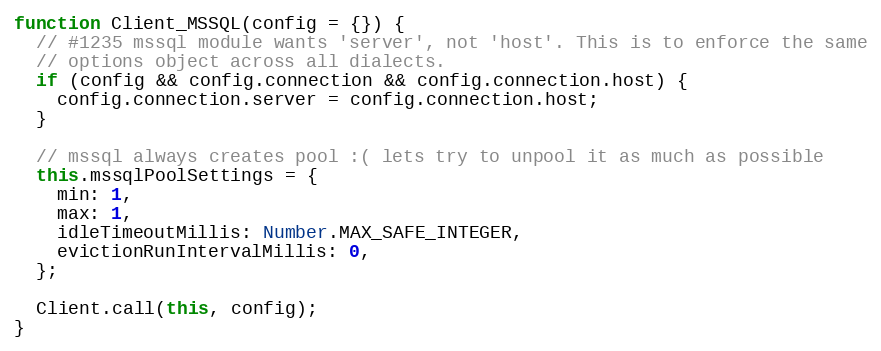
Language: JavaScript
function Client_MSSQL(config = {}) {
  // #1235 mssql module wants 'server', not 'host'. This is to enforce the same
  // options object across all dialects.
  if (config && config.connection && config.connection.host) {
    config.connection.server = config.connection.host;
  }

  // mssql always creates pool :( lets try to unpool it as much as possible
  this.mssqlPoolSettings = {
    min: 1,
    max: 1,
    idleTimeoutMillis: Number.MAX_SAFE_INTEGER,
    evictionRunIntervalMillis: 0,
  };

  Client.call(this, config);
}